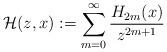
LaTeX: \begin{align*} {\mathcal H}(z,x):=\sum_{m=0}^\infty\frac{H_{2m}(x)}{z^{2m+1}}\end{align*}